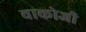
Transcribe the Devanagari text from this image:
वाकोजी